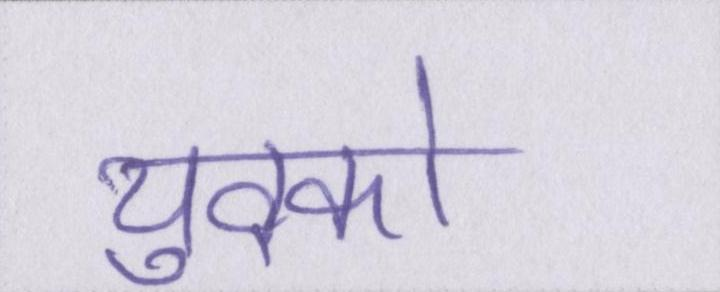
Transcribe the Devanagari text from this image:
युवको